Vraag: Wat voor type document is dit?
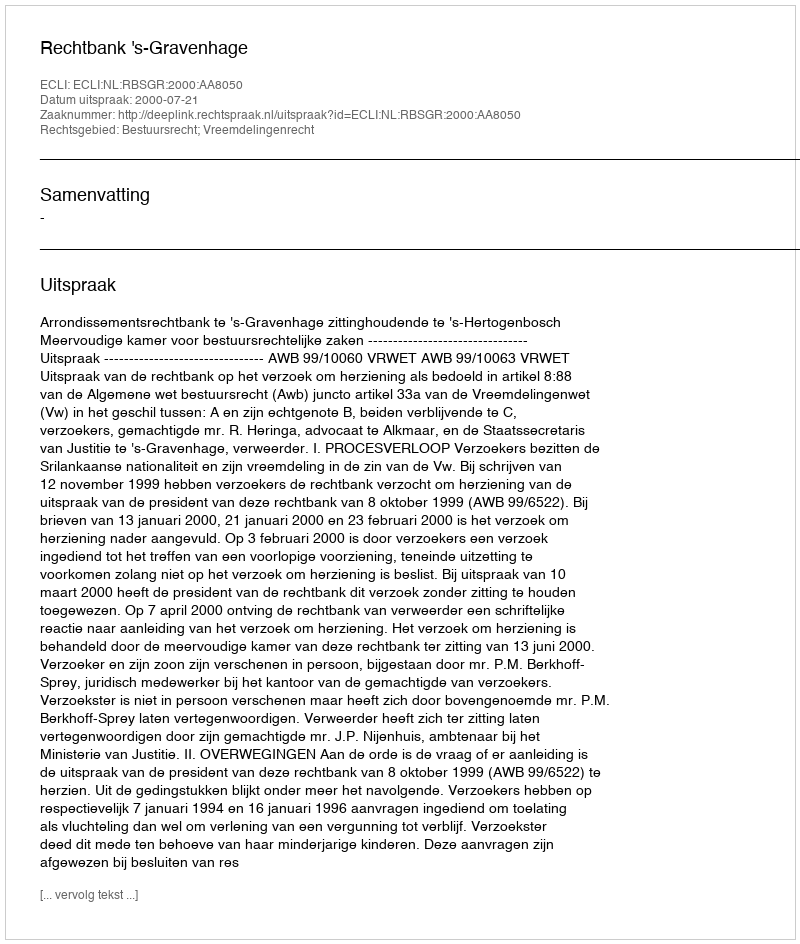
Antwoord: Uitspraak